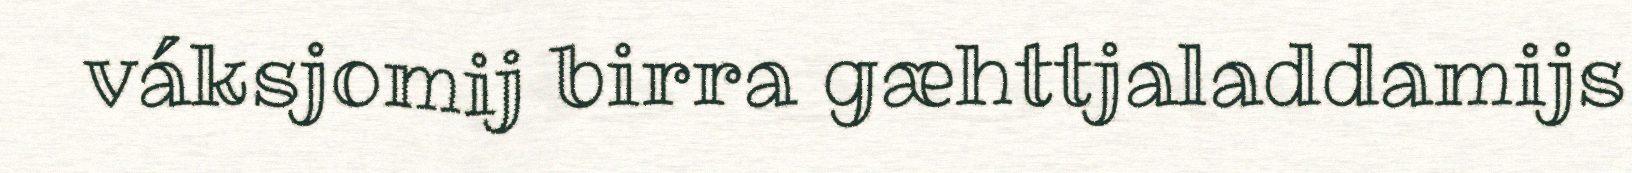
váksjomij birra gæhttjaladdamijs